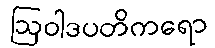
ဩဝါဒပတိကရော